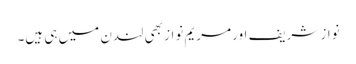
نواز شریف اور مریم نواز بھی لندن میں ہی ہیں۔